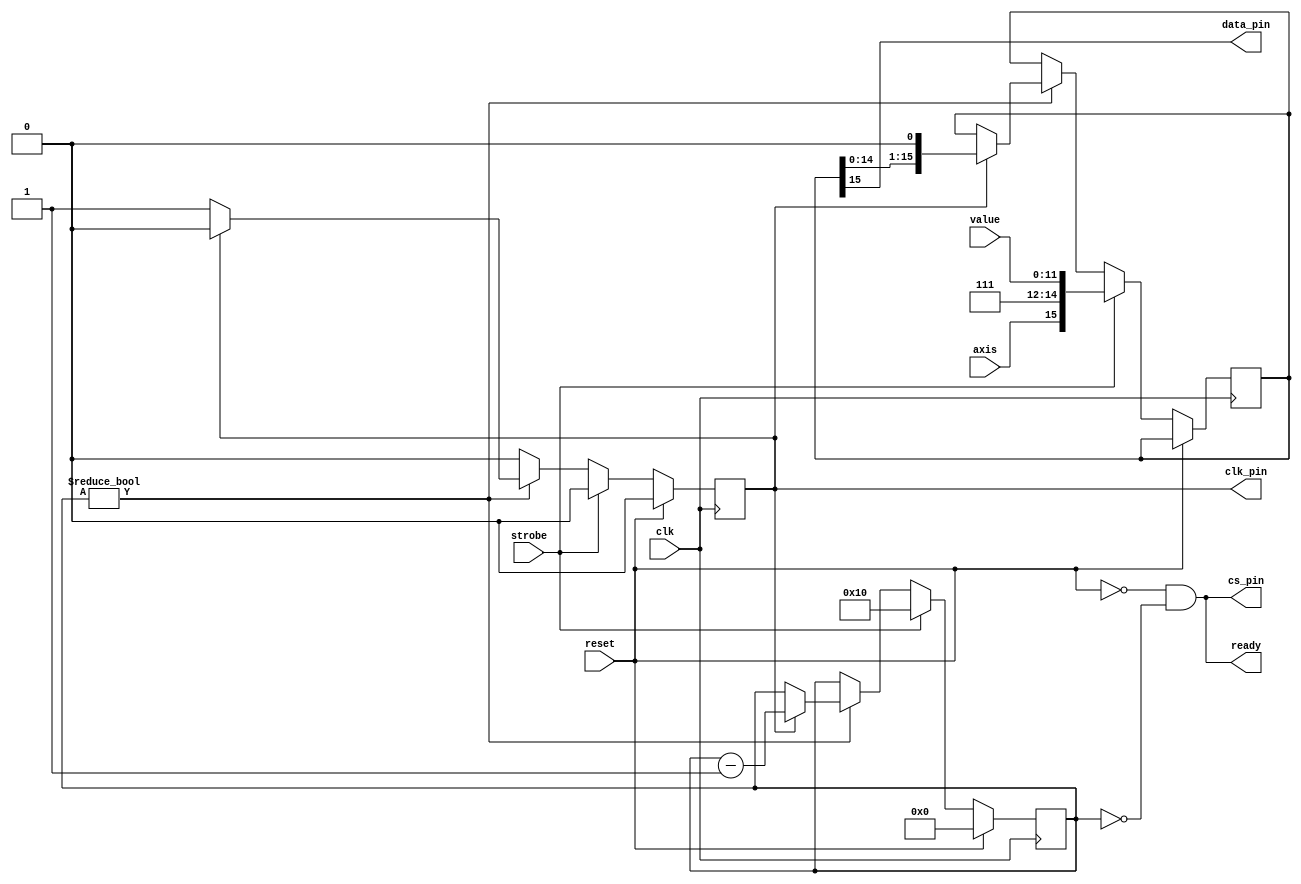
//Original author: Trammell Hudson (https://trmm.net/)
//clk_pin = clk / 2
//TODO: make CS only high for one clock cycle, and maybe make the whole thing 2x as fast
module mcp4922(
	input clk,
	input reset,

	// physical interface
	output cs_pin,
	output reg clk_pin,
	output data_pin,

	// logical interface
	input [11:0] value,
	input axis,
	input strobe,
	output ready
);
	parameter GAIN = 1'b1; // Normal gain
	parameter BUFFERED = 1'b1; // buffered
	parameter SHUTDOWN = 1'b1; // not shutdown

	reg [15:0] cmd;
	reg [4:0] bits;
	assign ready = !reset && bits == 0;
	assign cs_pin = ready; // negative logic
	assign data_pin = cmd[15];

	always @(posedge clk)
	begin
		if (reset) begin
			bits <= 0;
			clk_pin <= 0;
		end else
		if (strobe) begin
			$display("channel: %d, value: %d", axis, value);
			cmd <= { axis, BUFFERED, GAIN, SHUTDOWN, value };
			bits <= 16;
			clk_pin <= 0;
		end else
		if (bits != 0) begin
			if (clk_pin) begin
				// change when it is currently high
				cmd <= { cmd[14:0], 1'b0 };
				clk_pin <= 0;
				bits <= bits - 1;
			end else begin
				// rising edge clocks the data
				clk_pin <= 1;
			end
		end else begin
			clk_pin <= 0;
		end
	end

endmodule

//Original author: Trammell Hudson (https://trmm.net/)
/**
 * Bresenham's Line Drawing algorithm.
 * Generate straight lines from the current point to the
 * destination.  x_in/y_in can be reset at any time with the strobe.
 */
module lineto(
	input clk,
	input reset,

	input strobe,
	input next,
	input [11:0] x_in, //TODO: get the macro working again
	input [11:0] y_in,
	input [3:0] shift,

	output ready, // set when done
	output reg axis, // did the x or y value change
	output reg [11:0] x_out,
	output reg [11:0] y_out
);
	reg [3:0] curr_shift;
	parameter BITS = 15;

	reg [BITS-1:0] err;

	reg [11:0] x_step;
	reg [11:0] y_step;
	reg [BITS-1:0] x_dst;
	reg [BITS-1:0] y_dst;

	// once the output reaches the dstination, it is ready
	// for a new point.
	assign ready = (x_dst == x_step) && (y_dst == y_step);

	reg sx;
	reg sy;

	reg signed [BITS-1:0] dx;
	reg signed [BITS-1:0] dy;
	
	wire signed [BITS:0] err2 = err << 1;

	reg assign_vars;

	always @(posedge clk)
	begin
		//$monitor("%d %d %d %d %d", x_step, y_step, dx, dy, err);
		if (reset) begin
			// reset will latch the current inputs
			x_step <= x_in;
			y_step <= y_in;
			x_out <= x_in;
			y_out <= y_in;
			err <= 0;
			axis <= 0;
			curr_shift <= 0;
			x_dst <= x_in;
			y_dst <= y_in;
			assign_vars <= 0;
		end else if (strobe) begin
			if (shift < curr_shift) begin
				x_step <= x_step << (curr_shift - shift);
				y_step <= y_step << (curr_shift - shift);
			end else begin
				x_step <= x_step >> (shift - curr_shift);
				y_step <= y_step >> (shift - curr_shift);
			end
			
			curr_shift <= shift;

			x_dst <= x_in >> shift;
			y_dst <= y_in >> shift;
			//axis <= 0;
			assign_vars <= 1;
		end else if (assign_vars) begin
			if (x_dst > x_step) begin
				sx <= 1;
				dx <= x_dst - x_step;
			end else begin
				sx <= 0;
				dx <= x_step - x_dst;
			end

			if (y_dst > y_step) begin
				sy <= 1;
				dy <= y_dst - y_step;
			end else begin
				sy <= 0;
				dy <= y_step - y_dst;
			end
			err <= ((x_dst > x_step) ? (x_dst - x_step) : (x_step - x_dst))
				-
				((y_dst > y_step) ? (y_dst - y_step) : (y_step - y_dst));
			
			assign_vars <= 0;
		end else if (!ready && next) begin
			// move towards the dstination point
			if (err2 > -dy)
			begin
				err <= err - dy;
				x_step <= x_step + (sx ? 1 : -1);
				x_out <= x_step << curr_shift;
				axis <= 0;
			end else
			if (err2 < dx)
			begin
				err <= err + dx;
				y_step <= y_step + (sy ? 1 : -1);
				y_out <= y_step << curr_shift;
				axis <= 1;
			end
		end
	end
endmodule